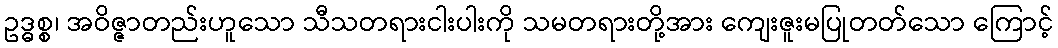
ဥဒ္ဓစ္စ၊ အဝိဇ္ဇာတည်းဟူသော သီသတရားငါးပါးကို သမတရားတို့အား ကျေးဇူးမပြုတတ်သော ကြောင့်